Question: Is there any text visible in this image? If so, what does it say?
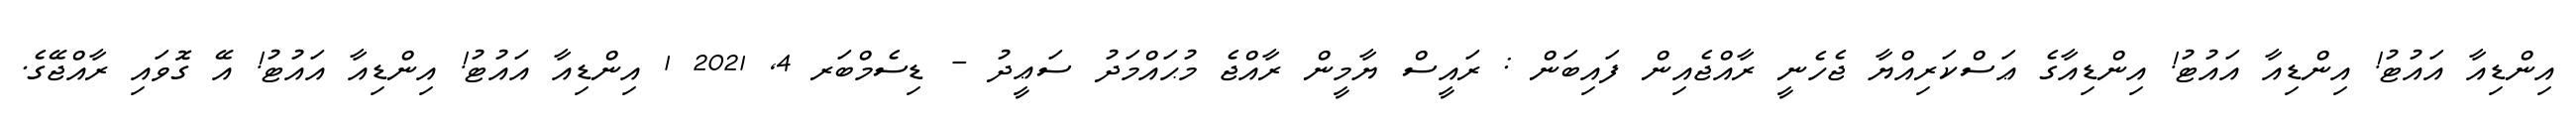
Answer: އިންޑިއާ އައުޓު! އިންޑިއާ އައުޓު! އިންޑިއާގެ ޢަސްކަރިއްޔާ ޖެހެނީ ރާއްޖެއިން ފައިބަން : ރައީސް ޔާމީން ރާއްޖެ މުޙައްމަދު ސަޢީދު - ޑިސެމްބަރ 4, 2021 1 އިންޑިއާ އައުޓު! އިންޑިއާ އައުޓު! އޭ ގޮވައި ރާއްޖޭގެ.